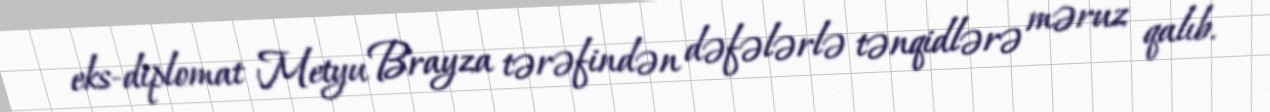
eks-diplomat Metyu Brayza tərəfindən dəfələrlə tənqidlərə məruz qalıb.